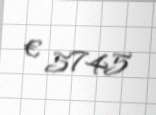
€ 5745